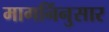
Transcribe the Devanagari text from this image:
मागनिंनुसार